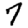
Digit: 7